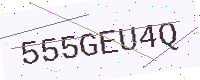
Text: 555GEU4Q